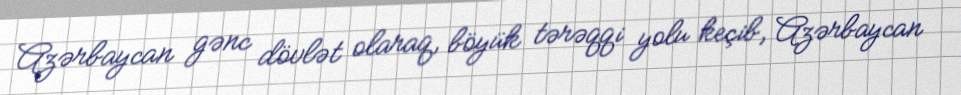
Azərbaycan gənc dövlət olaraq, böyük tərəqqi yolu keçib, Azərbaycan